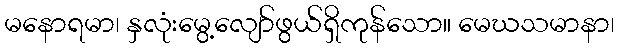
မနောရမာ၊ နှလုံးမွေ့လျော်ဖွယ်ရှိကုန်သော။ မေဃသမာနာ၊